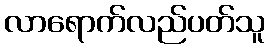
လာရောက်လည်ပတ်သူ